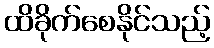
ထိခိုက်စေနိုင်သည့်